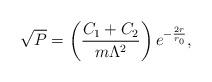
LaTeX: \begin{align*}\sqrt{P}=\left(\frac{C_1+C_2}{m\Lambda^2}\right)e^{-\frac{2r}{r_0}},\end{align*}